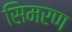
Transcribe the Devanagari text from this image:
सिमरण